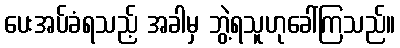
ပေးအပ်ခံရသည့် အခါမှ ဘွဲ့ရသူဟုခေါ်ကြသည်။